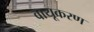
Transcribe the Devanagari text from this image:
वायूकरण